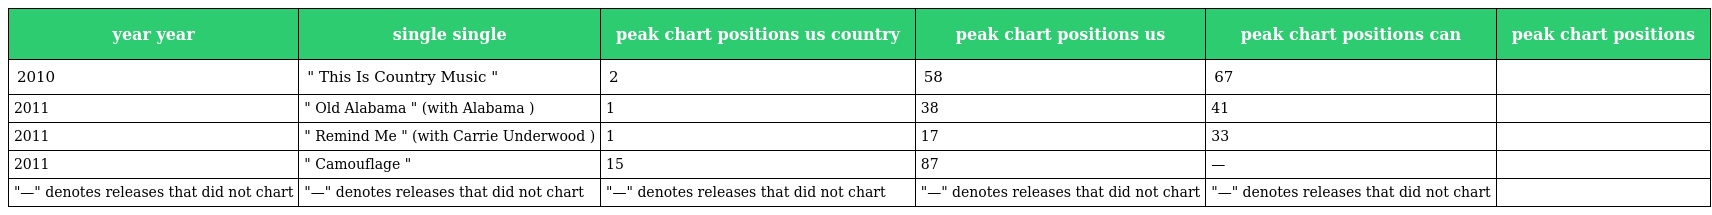
| year year | single single | peak chart positions us country | peak chart positions us | peak chart positions can | peak chart positions |
 | --- | --- | --- | --- | --- | --- |
 | 2010 | " This Is Country Music " | 2 | 58 | 67 |  |
 | 2011 | " Old Alabama " (with Alabama ) | 1 | 38 | 41 |  |
 | 2011 | " Remind Me " (with Carrie Underwood ) | 1 | 17 | 33 |  |
 | 2011 | " Camouflage " | 15 | 87 | — |  |
 | "—" denotes releases that did not chart | "—" denotes releases that did not chart | "—" denotes releases that did not chart | "—" denotes releases that did not chart | "—" denotes releases that did not chart |  |